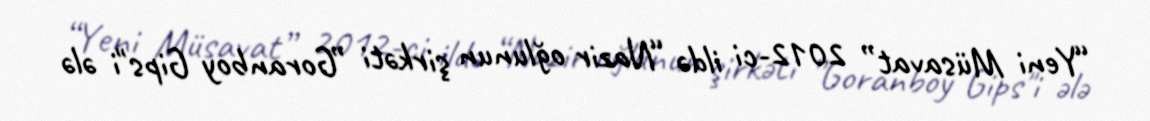
“Yeni Müsavat” 2012-ci ildə “Nazir oğlunun şirkəti ”Goranboy Gips"i ələ